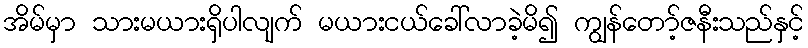
အိမ်မှာ သားမယားရှိပါလျက် မယားငယ်ခေါ်လာခဲ့မိ၍ ကျွန်တော့်ဇနီးသည်နှင့်